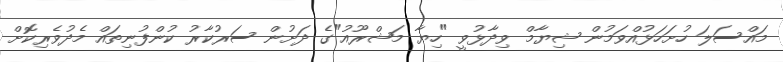
މައްސަލަ ހުށަހަޅުއްވަމުން ޝިޔާމް ވިދާޅުވީ "ހިޔާ މަޝްރޫއު"ގެ ދަށުން ސަރުކާރު ކުންފުނިތައް މެދުވެރިކޮށް